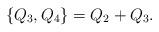
LaTeX: \begin{align*} \{Q_3,Q_4\}=Q_2+Q_3.\end{align*}